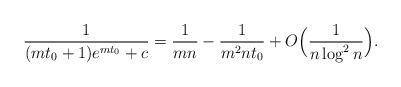
LaTeX: \begin{align*}\frac{1}{(mt_0+1)e^{mt_0}+c}={1\over mn}-{1\over m^2nt_0}+O\Bigl({1\over n\log^2{n}}\Bigr).\end{align*}